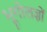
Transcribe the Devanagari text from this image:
भूगोलज्ञों